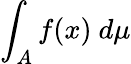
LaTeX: \int_{A}f(x)\ d\mu